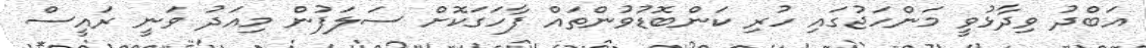
އަބްދު ވިދާޅުވީ މަންހަޖުގައި ހުރި ކަންބޮޑުވުންތައް ފާހަގަކޮށް ސަލަފުން މިއަދު ވަނީ ރައީސް